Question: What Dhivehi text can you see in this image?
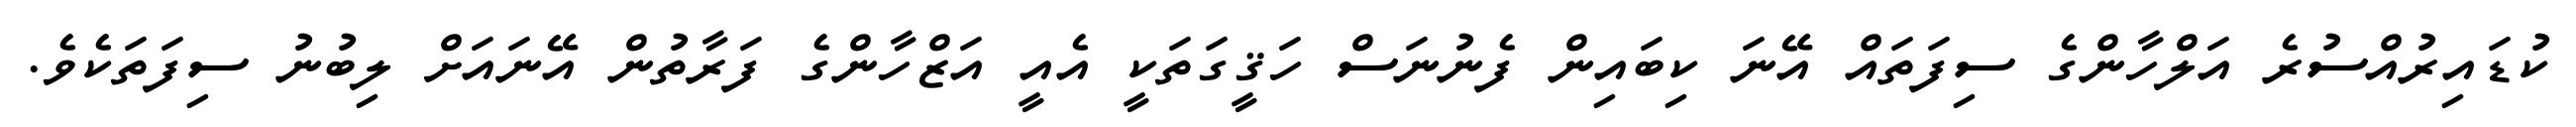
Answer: ކުޑައިރުއްސުރެ އަލްހާންގެ ސިފަތައް އޭނަ ކިބައިން ފެނުނަސް ހަޤީގަތަކީ އެއީ އަޒްހާންގެ ފަރާތުން އޭނައަށް ލިބުނު ސިފަތަކެވެ.